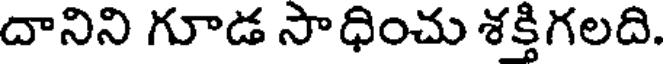
దానిని గూడ సాధించు శక్తిగలది.